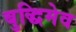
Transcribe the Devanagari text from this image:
बुद्धिमेव